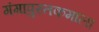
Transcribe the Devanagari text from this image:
गंगापुस्तकमाला